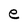
Character: e